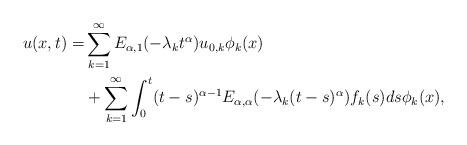
LaTeX: \begin{align*}u(x,t) = & \sum_{k=1}^{\infty}E_{\alpha,1}(-\lambda_{k}t^{\alpha})u_{0,k}\phi_{k}(x) \\& + \sum_{k=1}^{\infty}\int_{0}^{t}(t-s)^{\alpha-1}E_{\alpha,\alpha}(-\lambda_{k}(t-s)^{\alpha})f_{k}(s)ds\phi_{k}(x),\end{align*}